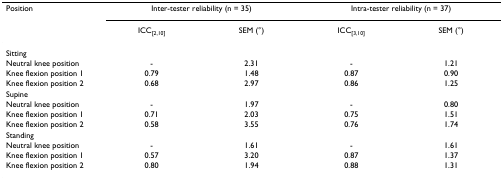
| Position | <COLSPAN=2> Inter-tester reliability (n = 35) | <COLSPAN=2> Intra-tester reliability (n = 37) |
 |  | ICC[2,10] | SEM (°) | ICC[3,10] | SEM (°) |
 | --- | --- | --- | --- | --- |
 | Sitting |  |  |  |  |
 | Neutral knee position | - | 2.31 | - | 1.21 |
 | Knee flexion position 1 | 0.79 | 1.48 | 0.87 | 0.90 |
 | Knee flexion position 2 | 0.68 | 2.97 | 0.86 | 1.25 |
 | Supine |  |  |  |  |
 | Neutral knee position | - | 1.97 | - | 0.80 |
 | Knee flexion position 1 | 0.71 | 2.03 | 0.75 | 1.51 |
 | Knee flexion position 2 | 0.58 | 3.55 | 0.76 | 1.74 |
 | Standing |  |  |  |  |
 | Neutral knee position | - | 1.61 | - | 1.61 |
 | Knee flexion position 1 | 0.57 | 3.20 | 0.87 | 1.37 |
 | Knee flexion position 2 | 0.80 | 1.94 | 0.88 | 1.31 |